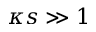
\kappa s \gg 1